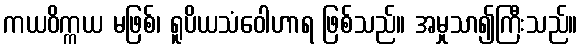
ကယဝိက္ကယ မဖြစ်၊ ရူပိယသံဝေါဟာရ ဖြစ်သည်။ အမှုသာ၍ကြီးသည်။